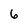
Character: 6